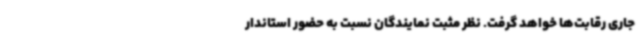
جاری رقابت‌ها خواهد گرفت. نظر مثبت نمایندگان نسبت به حضور استاندار